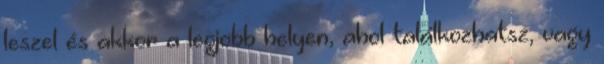
leszel és akkor a legjobb helyen, ahol találkozhatsz, vagy